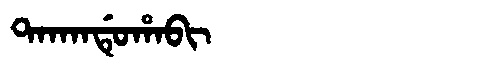
Manchu: ᡨᠠᡴᠠᠨᡩᡠᡥᠠᠪᡳ
Romanization: TAKANDUHABI